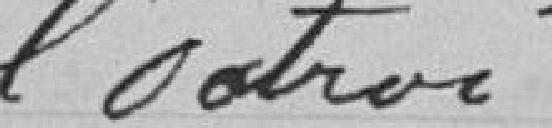
l'Octroi.